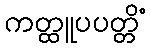
ကတ္ထူပပတ္တိံ